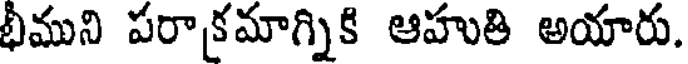
భీముని పరాకమాగ్నికి ఆహుతి అయారు.